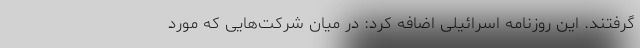
گرفتند. این روزنامه اسرائیلی اضافه کرد: در میان شرکت‌هایی که مورد